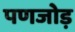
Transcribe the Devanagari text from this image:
पणजोड़